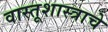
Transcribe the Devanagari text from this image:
वास्तूशास्त्राचे